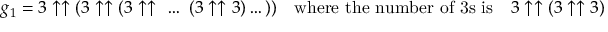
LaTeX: g _ { 1 } = 3 \uparrow \uparrow ( 3 \uparrow \uparrow ( 3 \uparrow \uparrow \ \dots \ ( 3 \uparrow \uparrow 3 ) \dots ) ) \quad { \mathrm { w h e r e ~ t h e ~ n u m b e r ~ o f ~ 3 s ~ i s } } \quad 3 \uparrow \uparrow ( 3 \uparrow \uparrow 3 )